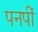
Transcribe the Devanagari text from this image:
पनपीं